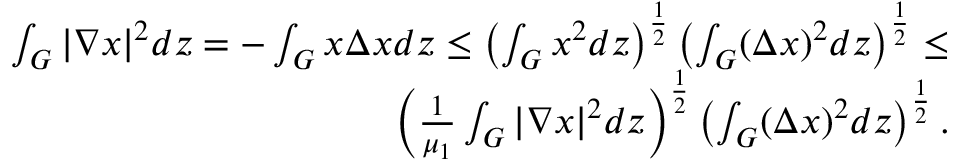
\begin{array} { r } { \int _ { G } { | \nabla x | ^ { 2 } } d z = - \int _ { G } { x \Delta x } d z \leq \left( \int _ { G } { x } ^ { 2 } d z \right) ^ { \frac { 1 } { 2 } } \left( \int _ { G } ( \Delta x ) ^ { 2 } d z \right) ^ { \frac { 1 } { 2 } } \leq } \\ { \left( \frac { 1 } { \mu _ { 1 } } \int _ { G } | { \nabla x } | ^ { 2 } d z \right) ^ { \frac { 1 } { 2 } } \left( \int _ { G } ( \Delta x ) ^ { 2 } d z \right) ^ { \frac { 1 } { 2 } } . } \end{array}